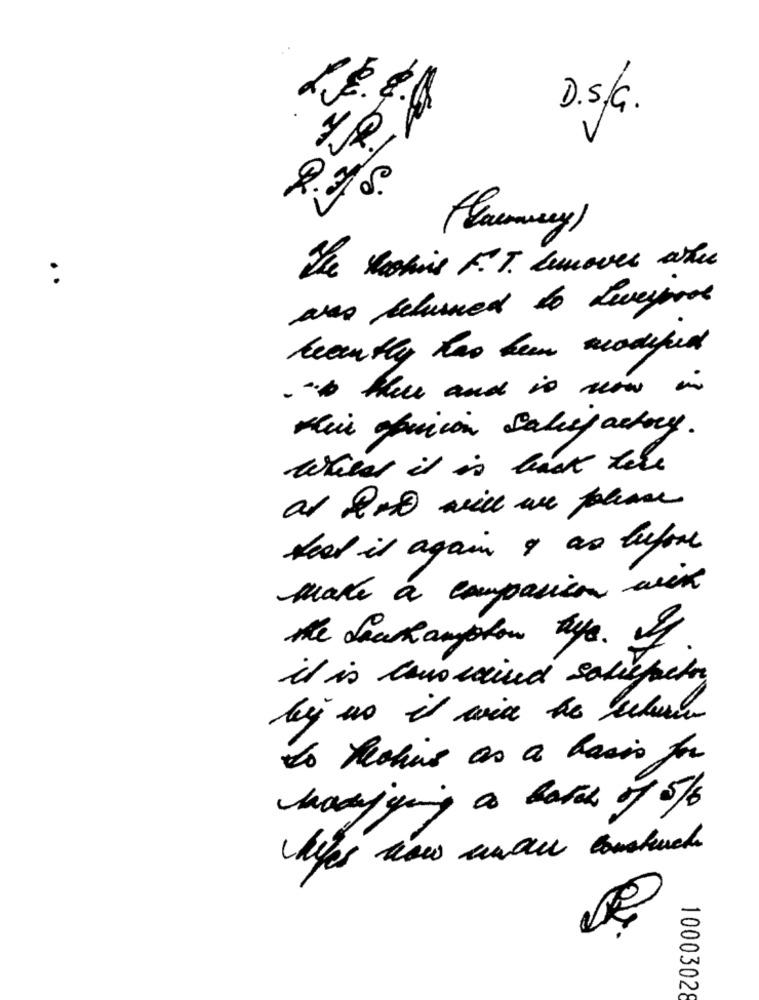
D.S/G.
2
CX
florummary)
The Roomis F. T. Cunover when
wie belused to Levernos
beantly has been modified
- there and is now in
Kun geniion Salefactory.
When it is back here
feel it again & as before
make a compasion with
the dick anyhow tys. If
it is conoraund salupetr
to Pechino as a basis for
10003028